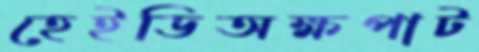
হেইডিঅক্ষপাট